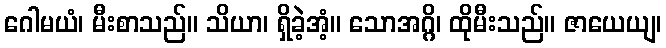
ဂေါမယံ၊ မီးစာသည်။ သိယာ၊ ရှိခဲ့အံ့။ သောအဂ္ဂိ၊ ထိုမီးသည်။ ဇာယေယျ၊